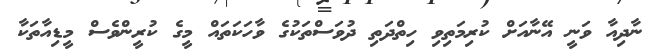
ނާދިއާ ވަނީ އޭނާއަށް ކުރިމަތިވި ހިތްދަތި ދުވަސްތަކުގެ ވާހަކަތައް މީގެ ކުރީންވެސް މީޑިއާތަކާ